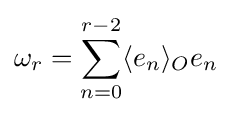
\omega _{r}=\sum _{n=0}^{r-2}\langle e_{n}\rangle _{O}e_{n}